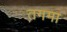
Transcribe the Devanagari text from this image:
तगमा